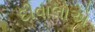
દીવાલોએ